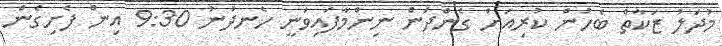
މުދަލު ޒަކާތް ބެހުން ކުރިއަށް ގެންދަން ނިންމާފައިވަނީ ހެނދުނު 9:30 އިން ފެށިގެން